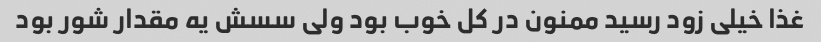
غذا خیلی زود رسید ممنون در کل خوب بود ولی سسش یه مقدار شور بود